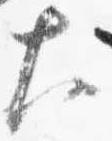
大